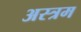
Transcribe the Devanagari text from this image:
अस्त्रम